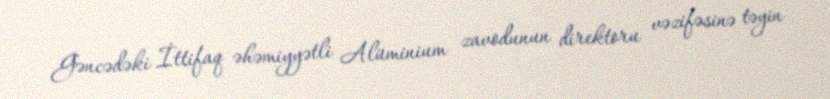
Gəncədəki İttifaq əhəmiyyətli Alüminium zavodunun direktoru vəzifəsinə təyin